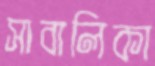
সাবালিকা